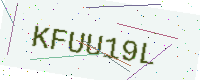
Text: KFUU19L